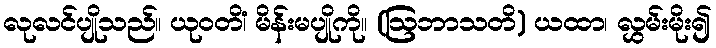
လုလင်ပျိုသည်။ ယုဝတိံ၊ မိန်းမပျိုကို။ (ဩဘာသတိ) ယထာ၊ လွှမ်းမိုး၍